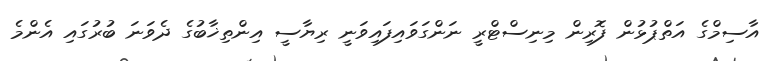
އާސިމްގެ އަތްޕުޅުން ފޮރިން މިނިސްޓްރީ ނަންގަވައިފައިވަނީ ރިޔާސީ އިންތިޚާބުގެ ދެވަނަ ބުރުގައި އެންމެ